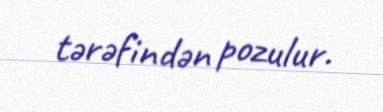
tərəfindən pozulur.